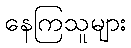
နေကြသူများ